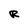
Character: R